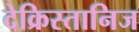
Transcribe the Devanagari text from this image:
देक्रिस्तानिज